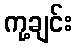
ကု့ချင်း